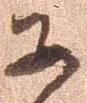
あ